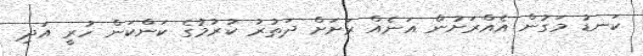
ކަނޑު މަގުން އެއްރަށުން އަނެއް ރަށަށް ދަތުރު ކުރުމުގެ ކަންކަން ހުރީ އަދި